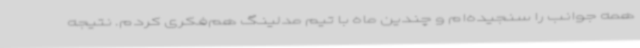
همه جوانب را سنجیده‌ام و چندین ماه با تیم مدلینگ هم‌فکری کردم. نتیجه